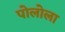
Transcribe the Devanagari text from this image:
पोलोला